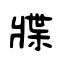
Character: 牃